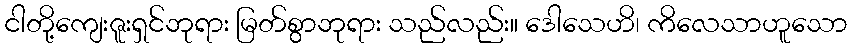
ငါတို့ကျေးဇူးရှင်ဘုရား မြတ်စွာဘုရား သည်လည်း။ ဒေါသေဟိ၊ ကိလေသာဟူသော